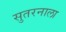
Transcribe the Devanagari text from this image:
सुतरनाला